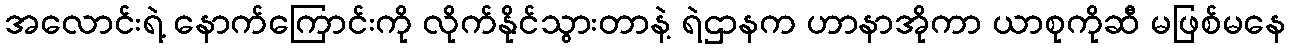
အလောင်းရဲ့ နောက်ကြောင်းကို လိုက်နိုင်သွားတာနဲ့ ရဲဌာနက ဟာနာအိုကာ ယာစုကိုဆီ မဖြစ်မနေ